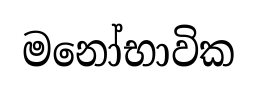
මනෝභාවික